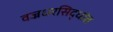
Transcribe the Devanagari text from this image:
वज्रधरसिद्धांत